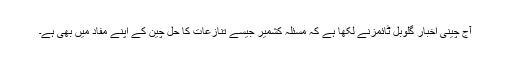
آج چینی اخبار گلوبل ٹائمزنے لکھا ہے کہ مسئلہ کشمیر جیسے تنازعات کا حل چین کے اپنے مفاد میں بھی ہے۔